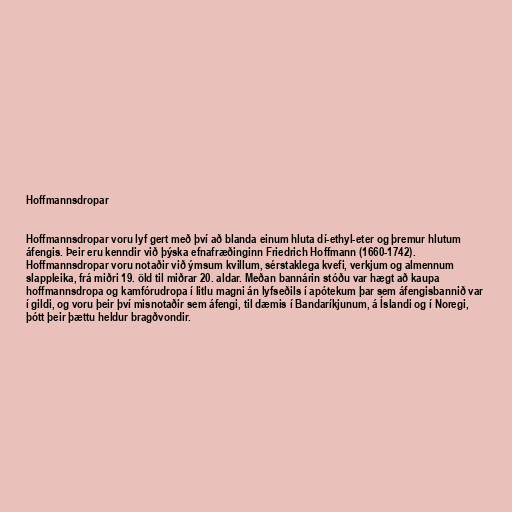
Hoffmannsdropar

Hoffmannsdropar voru lyf gert með því að blanda einum hluta dí-ethyl-eter og þremur hlutum
áfengis. Þeir eru kenndir við þýska efnafræðinginn Friedrich Hoffmann (1660-1742).
Hoffmannsdropar voru notaðir við ýmsum kvillum, sérstaklega kvefi, verkjum og almennum
slappleika, frá miðri 19. öld til miðrar 20. aldar. Meðan bannárin stóðu var hægt að kaupa
hoffmannsdropa og kamfórudropa í litlu magni án lyfseðils í apótekum þar sem áfengisbannið var
í gildi, og voru þeir því misnotaðir sem áfengi, til dæmis í Bandaríkjunum, á Íslandi og í Noregi,
þótt þeir þættu heldur bragðvondir.